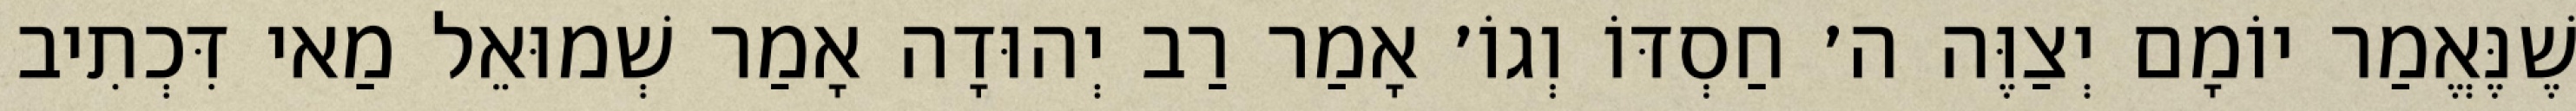
שֶׁנֶּאֱמַר יוֹמָם יְצַוֶּה ה׳ חַסְדּוֹ וְגוֹ׳ אָמַר רַב יְהוּדָה אָמַר שְׁמוּאֵל מַאי דִּכְתִיב